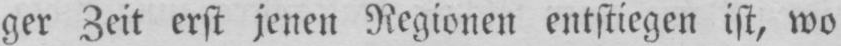
ger Zeit erst jenen Regionen entstiegen ist, wo